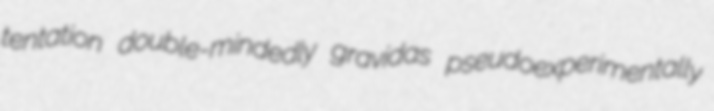
tentation double-mindedly gravidas pseudoexperimentally